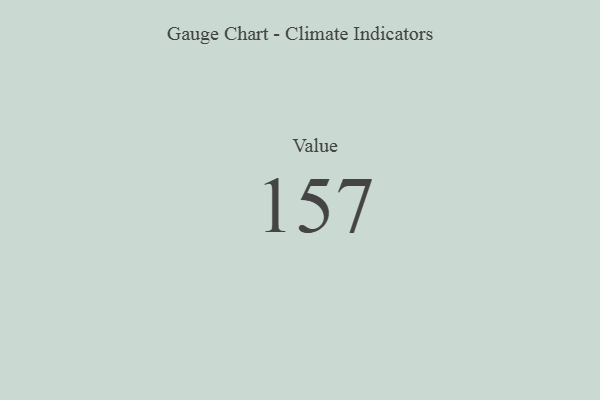
{"axis": {"x": "Metric", "y": "Value"}, "legend": [""], "data": [{"x": "Value", "y": 157, "type": ""}]}